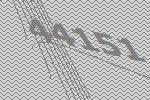
44151